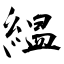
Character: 緼